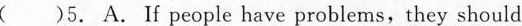
()5. A.If people have problems,they should